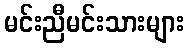
မင်းညီမင်းသားများ